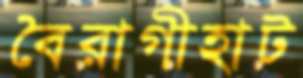
বৈরাগীহাট